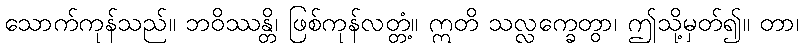
သောက်ကုန်သည်။ ဘဝိဿန္တိ၊ ဖြစ်ကုန်လတ္တံ့။ ဣတိ သလ္လက္ခေတွာ၊ ဤသို့မှတ်၍။ တာ၊